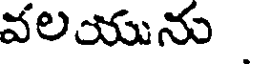
వలయును